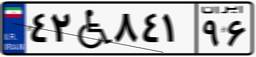
۹۳W۶۳۴۶۶